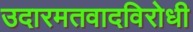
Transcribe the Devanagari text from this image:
उदारमतवादविरोधी